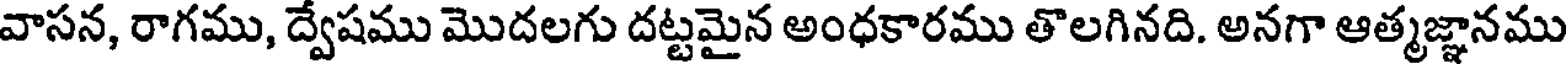
వాసన, రాగము, ద్వేషము మొదలగు దట్టమైన అంధకారము తొలగినది. అనగా ఆత్మజ్ఞానము